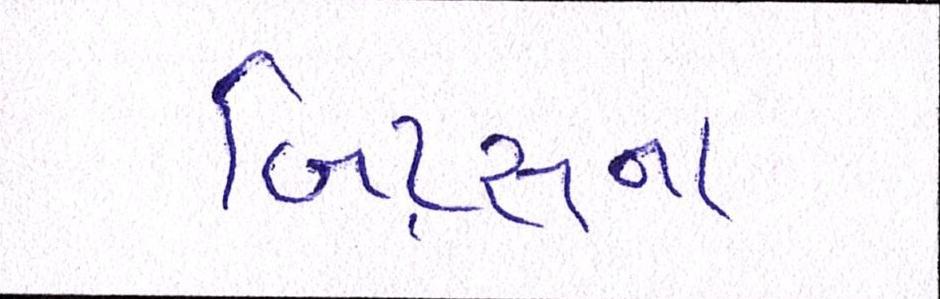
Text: બિટ્સના